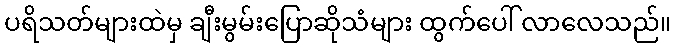
ပရိသတ်များထဲမှ ချီးမွမ်းပြောဆိုသံများ ထွက်ပေါ် လာလေသည်။